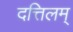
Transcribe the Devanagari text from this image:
दत्तिलम्‌